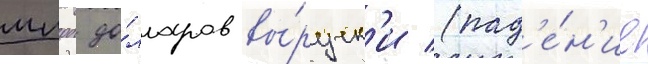
млрд до́лларов вы́ручк'и (пад'е́н'ие